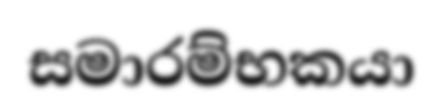
සමාරම්භකයා